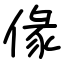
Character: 㑰